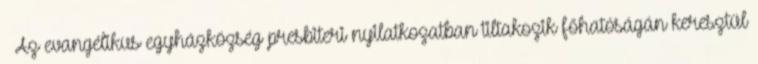
– Az evangélikus egyházközség presbiteri nyilatkozatban tiltakozik főhatóságán keresztül